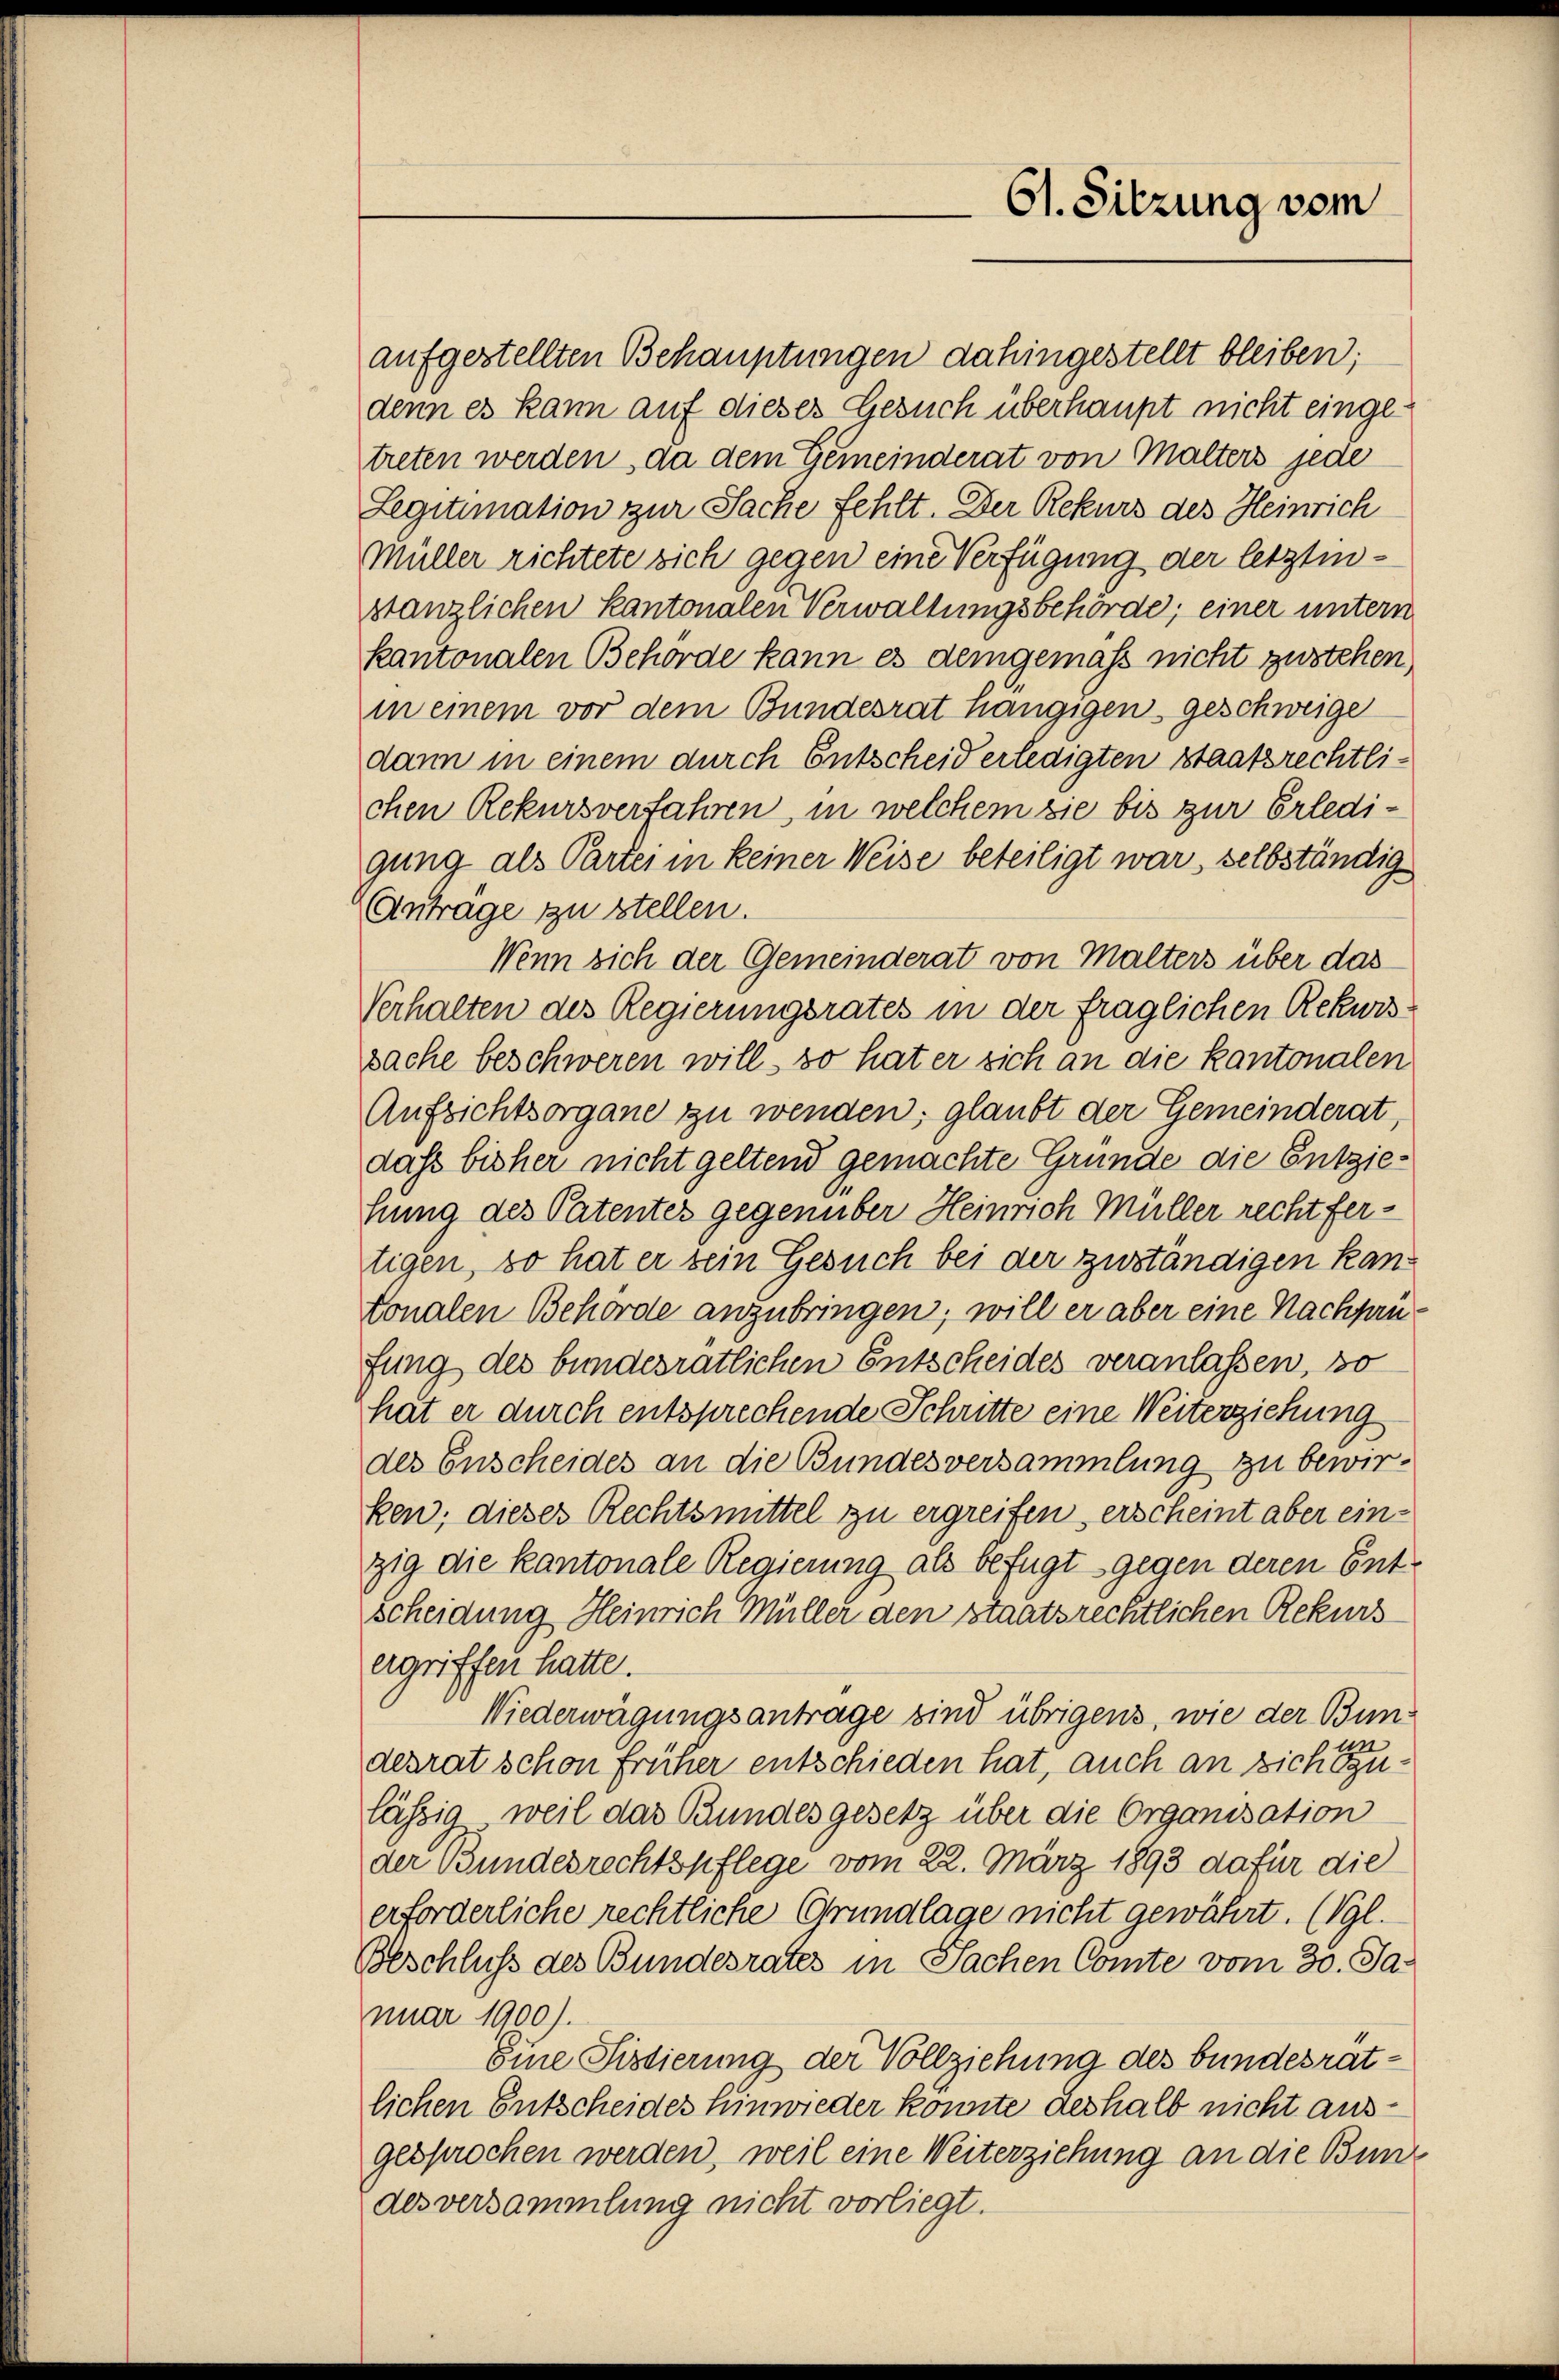
61. Sitzung vom

aufgestellten Behauptungen dahingestellt bleiben;
denn es kann auf dieses Gesuch überhaupt nicht eingetreten werden, da dem Gemeinderat von Malters jede
Legitimation zur Sache fehlt. Der Rekurs des Heinrich
Müller richtete sich gegen eine Verfügung der letztinstanzlichen Kantonalen Verwaltungsbehörde; einer untern
kantonalen Behörde kann es demgemäss nicht zustehen
in einem vor dem Bundesrat hängigen geschweige
dann in einem durch Entscheid erledigten Staatsrechtlichen Rekursverfahren, in welchem sie bis zur Erledigung als Partei in keiner Weise beteiligt war, selbständig
Antrage zu stellen.
Wenn sich der Gemeinderat von Malters über das
Verhalten des Regierungsrates in der fraglichen Rekwissache beschweren will, so hat er sich an die kantonalen
Aufsichtsorgane zu wenden, glaubt der Gemeinderat,
dass bisher nicht geltend gemachte Grunde die Entziehung des Patentes gegenüber Heinrich Müller rechtfertigen, so hat er sein Gesuch bei der zuständigen kantonalen Behörde anzubringen; will er aber eine Nachprüfung des bundesratlichen Entscheides veranlassen, so
hat er durch entsprechende Schritte eine Weiterziehung
des Enscheides an die Bundesversammlung zu bewirken; dieser Rechtsmittel zu ergreifen, erscheint aber einzig die kantonale Regierung als befugt gegen deren Entscheidung Heinrich Müller den staatsrechtlichen Rekurs
ergriffen hatte.
Niederwägungsantrage sind übrigens, wie der Bundesrat schon früher entschieden hat, auch an sich gelässig, weil das Bundesgesetz über die Organisation
der Bundesrechtspflege vom 22. März 1893 dafür die
erforderliche rechtliche Grundlage nicht gewährt. (Vgl.
Beschluß des Bundesrates in Sachen Comte vom 30. Ja-
nuar 1900).
Eine Sistierung der Vollziehung des bundesratlichen Entscheides hinwieder konnte deshalb nicht ausgesprochen werden, weil eine Weiterziehung an die Bund
des versammlung nicht vorliegt.